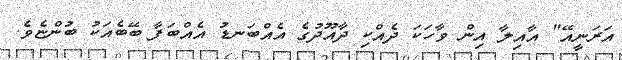
އަރަނީއޭ" އާއިލާ އިން ވާހަކަ ދެއްކި ދާއޫދުގެ އެއްބަނޑު އެއްބަފާ ބޭބެއަކު ބުންޏެވެ.